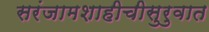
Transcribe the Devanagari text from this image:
सरंजामशाहीचीसुरुवात